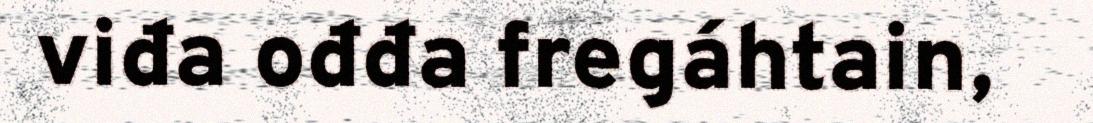
viđa ođđa fregáhtain,